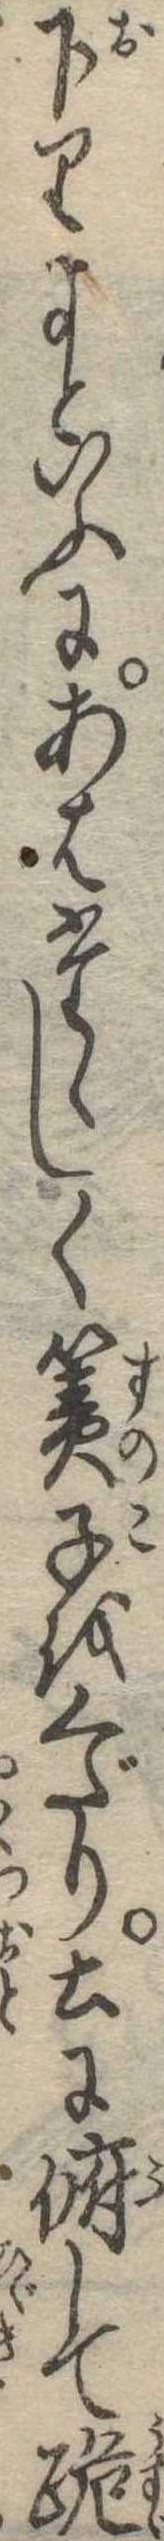
下りよといふにあはたゝしく簀子をくだり土に俯して跪